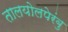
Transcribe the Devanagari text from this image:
तालयोलपेरंबु